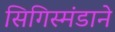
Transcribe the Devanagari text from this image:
सिगिस्मंडाने